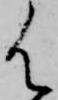
御